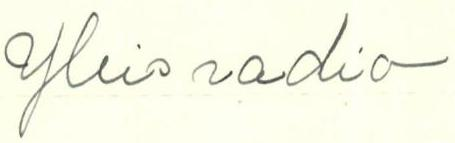
Yleisradio